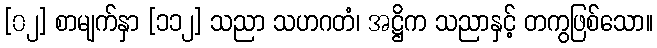
[၀၂] စာမျက်နှာ [၁၁၂] သညာ သဟဂတံ၊ အဋ္ဌိက သညာနှင့် တကွဖြစ်သော။